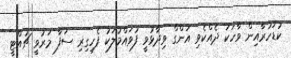
ކުޑަހުރާއިން ވާހަކަ ދެއްކެވި އަންގް ވިދާޅުވީ ފުވައްމުލަކު ފެހިގިރި ސަފާ މަރުވީ ޗުއްޓީ